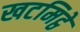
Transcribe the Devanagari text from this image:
खटमिट्ठे